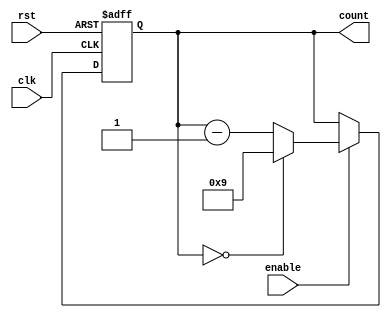
module BCD_Down_Counter (
    input wire clk,
    input wire rst,
    input wire enable,
    output reg [3:0] count
);

reg [3:0] initial_value;

always @ (posedge clk or posedge rst) begin
    if (rst) begin
        count <= initial_value;
    end else begin
        if (enable) begin
            if (count == 4'b0000) begin
                count <= initial_value;
            end else begin
                count <= count - 1;
            end
        end
    end
end

initial begin
    initial_value = 4'b1001;  // Initial BCD value for counting down
    count = initial_value;
end

endmodule